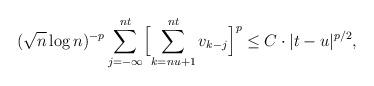
LaTeX: \begin{align*}(\sqrt n\log n)^{-p}\sum_{j=-\infty}^{nt}\Bigl[\sum_{k=nu+1}^{nt}v_{k-j}\Bigr]^p\le C\cdot|t-u|^{p/2},\end{align*}